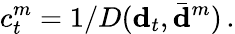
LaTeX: c_{t}^{m}=1/D({\mathbf d}_{t},\bar{{\mathbf d}}^{m})\, .